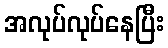
အလုပ်လုပ်နေပြီး